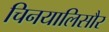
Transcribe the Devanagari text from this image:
चिनयालिसौर